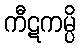
ကီဋကမ္ပိ